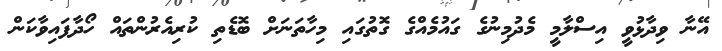
އޭނާ ވިދާޅުވީ އިސްލާމީ މެދުމިނުގެ ގައުމެއްގެ ގޮތުގައި މިހާތަނަށް ބޮޑެތި ކުރިއެރުންތައް ހޯދާފައިވާކަން